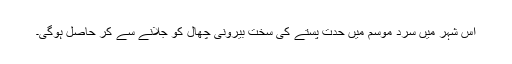
اس شہر میں سرد موسم میں حدت پستے کی سخت بیرونی چھال کو جلانے سے کر حاصل ہوگی۔